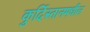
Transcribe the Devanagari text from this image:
कुर्दिस्तानमधील